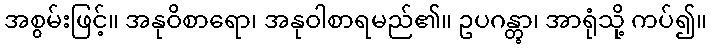
အစွမ်းဖြင့်။ အနုဝိစာရော၊ အနုဝါစာရမည်၏။ ဥပဂန္တွာ၊ အာရုံသို့ ကပ်၍။